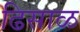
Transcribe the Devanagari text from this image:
ढिसाळ